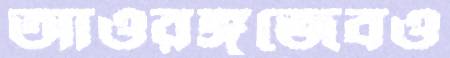
আওরঙ্গজেবও